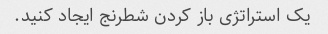
یک استراتژی باز کردن شطرنج ایجاد کنید.